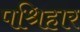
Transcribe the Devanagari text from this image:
पश्रिहार